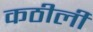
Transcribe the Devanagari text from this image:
कठीली